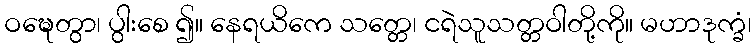
ဝဍ္ဎေတွာ၊ ပွါးစေ ၍။ နေရယိကေ သတ္တေ၊ ငရဲသူသတ္တဝါတို့ကို။ မဟာဒုက္ခံ၊